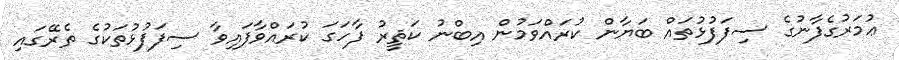
ޢުމަރުގެފާނުގެ ސިފަފުޅުތައް ބަޔާން ކުރައްވަމުން އިބްނު ކަޘީރު ފާހަގަ ކުރައްވާފައިވާ ސިފަފުޅުތަކުގެ ތެރޭގައި